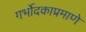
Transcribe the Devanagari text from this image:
गर्भोदकाप्रमाणे